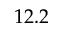
1 2 . 2